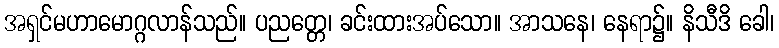
အရှင်မဟာမောဂ္ဂလာန်သည်။ ပညတ္တေ၊ ခင်းထားအပ်သော။ အာသနေ၊ နေရာ၌။ နိသီဒိ ခေါ၊